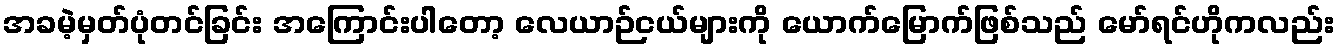
အခမဲ့မှတ်ပုံတင်ခြင်း အကြောင်းပါတော့ လေယာဉ်ငယ်များကို ယောက်မြောက်ဖြစ်သည် မော်ရင်ဟိုကလည်း